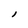
Character: l